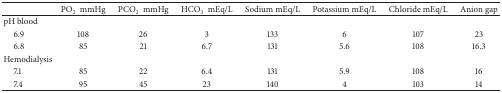
<table><thead><tr><td><b> </b></td><td><b>PO<sub>2</sub>mmHg</b></td><td><b>PCO<sub>2</sub> mmHg</b></td><td><b>HCO<sub>3</sub> mEq/L</b></td><td><b>Sodium mEq/L</b></td><td><b>Potassium mEq/L</b></td><td><b>Chloride mEq/L</b></td><td><b>Anion gap</b></td></tr></thead><tbody><tr><td>pH blood</td><td> </td><td> </td><td> </td><td> </td><td> </td><td> </td><td> </td></tr><tr><td> 6.9</td><td>108</td><td>26</td><td>3</td><td>133</td><td>6</td><td>107</td><td>23</td></tr><tr><td> 6.8</td><td>85</td><td>21</td><td>6.7</td><td>131</td><td>5.6</td><td>108</td><td>16.3</td></tr><tr><td>Hemodialysis</td><td> </td><td> </td><td> </td><td> </td><td> </td><td> </td><td> </td></tr><tr><td> 7.1</td><td>85</td><td>22</td><td>6.4</td><td>131</td><td>5.9</td><td>108</td><td>16</td></tr><tr><td> 7.4</td><td>95</td><td>45</td><td>23</td><td>140</td><td>4</td><td>103</td><td>14</td></tr></tbody></table>